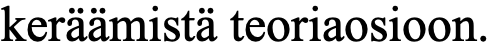
keräämistä teoriaosioon.